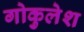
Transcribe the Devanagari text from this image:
गोकुलेश